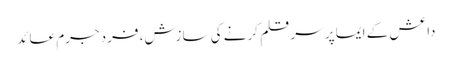
داعش کے ایما پر سر قلم کرنے کی سازش، فرد جرم عائد